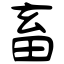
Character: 畜